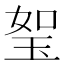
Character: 𤥏